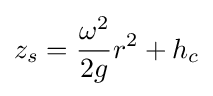
z_{s}={\frac {\omega ^{2}}{2g}}r^{2}+h_{c}